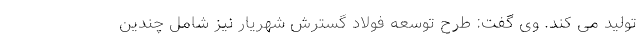
تولید می کند. وی گفت: طرح توسعه فولاد گسترش شهریار نیز شامل چندین